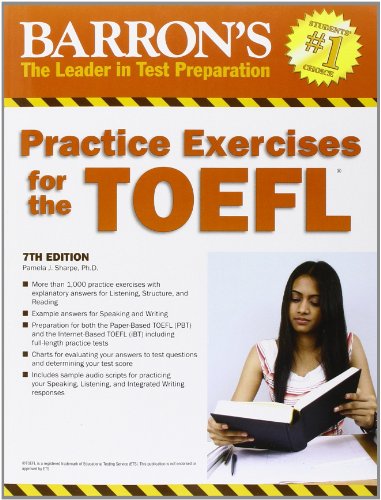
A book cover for Practice Exercises for the TOEFL (Barron's Practice Exercises for the Toefl); Pamela Sharpe Ph.D.; Test Preparation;